Civil Veterinary Department Bihar & Orissa reports 1929-36 - 1929-1936
Year: 1929
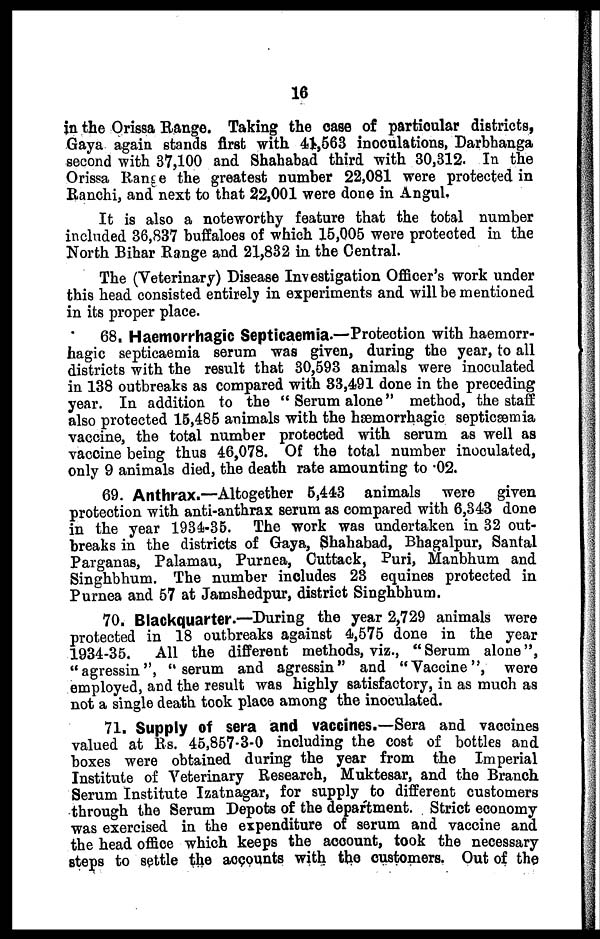
16
in the Orissa Range. Taking the case of particular districts,
Gaya again stands first with 41,563 inoculations, Darbhanga
second with 37,100 and Shahabad third with 30,312. In the
Orissa Range the greatest number 22,081 were protected in
Ranchi, and next to that 22,001 were done in Angul.
It is also a noteworthy feature that the total number
included 36,837 buffaloes of which 15,005 were protected in the
North Bihar Range and 21,832 in the Central.
The (Veterinary) Disease Investigation Officer's work under
this head consisted entirely in experiments and will be mentioned
in its proper place.
68. Haemorrhagic Septicaemia.—Protection with haemorr-
hagic septicaemia serum was given, during the year, to all
districts with the result that 30,593 animals were inoculated
in 138 outbreaks as compared with 83,491 done in the preceding
year. In addition to the " Serum alone" method, the staff
also protected 15,485 animals with the hæmorrhagic septicæmia
vaccine, the total number protected with serum as well as
vaccine being thus 46,078. Of the total number inoculated,
only 9 animals died, the death rate amounting to .02.
69. Anthrax.—Altogether 5,443 animals were given
protection with anti-anthrax serum as compared with 6,343 done
in the year 1934-35. The work was undertaken in 32 out-
breaks in the districts of Gaya, Shahabad, Bhagalpur, Santal
Parganas, Palamau, Purnea, Cuttack, Puri, Manbhum and
Singhbhum. The number includes 23 equines protected in
Purnea and 57 at Jamshedpur, district Singhbhum.
70. Blackquarter.—During the year 2,729 animals were
protected in 18 outbreaks against 4,575 done in the year
1934-35. All the different methods, viz., "Serum alone",
"agressin", "serum and agressin" and "Vaccine", were
employed, and the result was highly satisfactory, in as much as
not a single death took place among the inoculated.
71. Supply of sera and vaccines.—Sera and vaccines
valued at Rs. 45,857-3-0 including the cost of bottles and
boxes were obtained during the year from the Imperial
Institute of Veterinary Research, Muktesar, and the Branch
Serum Institute Izatnagar, for supply to different customers
through the Serum Depots of the department. Strict economy
was exercised in the expenditure of serum and vaccine and
the head office which keeps the account, took the necessary
steps to settle the accounts with the customers. Out of the